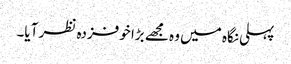
پہلی نگاہ میں وہ مجھے بڑا خوفزدہ نظر آیا۔